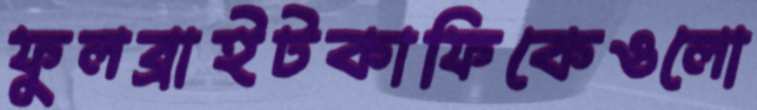
ফুলব্রাইটকাফিকেওলো